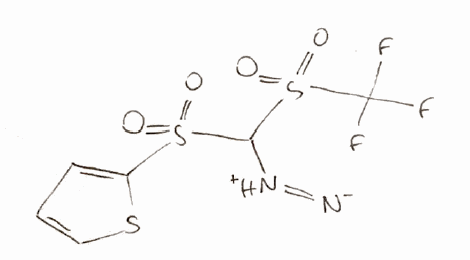
Simplified molecular-input line-entry system (SMILES) notation of the given molecule:
C1=CSC(=C1)S(=O)(=O)C([NH+]=[N-])S(=O)(=O)C(F)(F)F